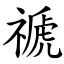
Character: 禠